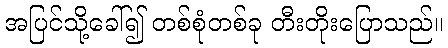
အပြင်သို့ခေါ်၍ တစ်စုံတစ်ခု တီးတိုးပြောသည်။